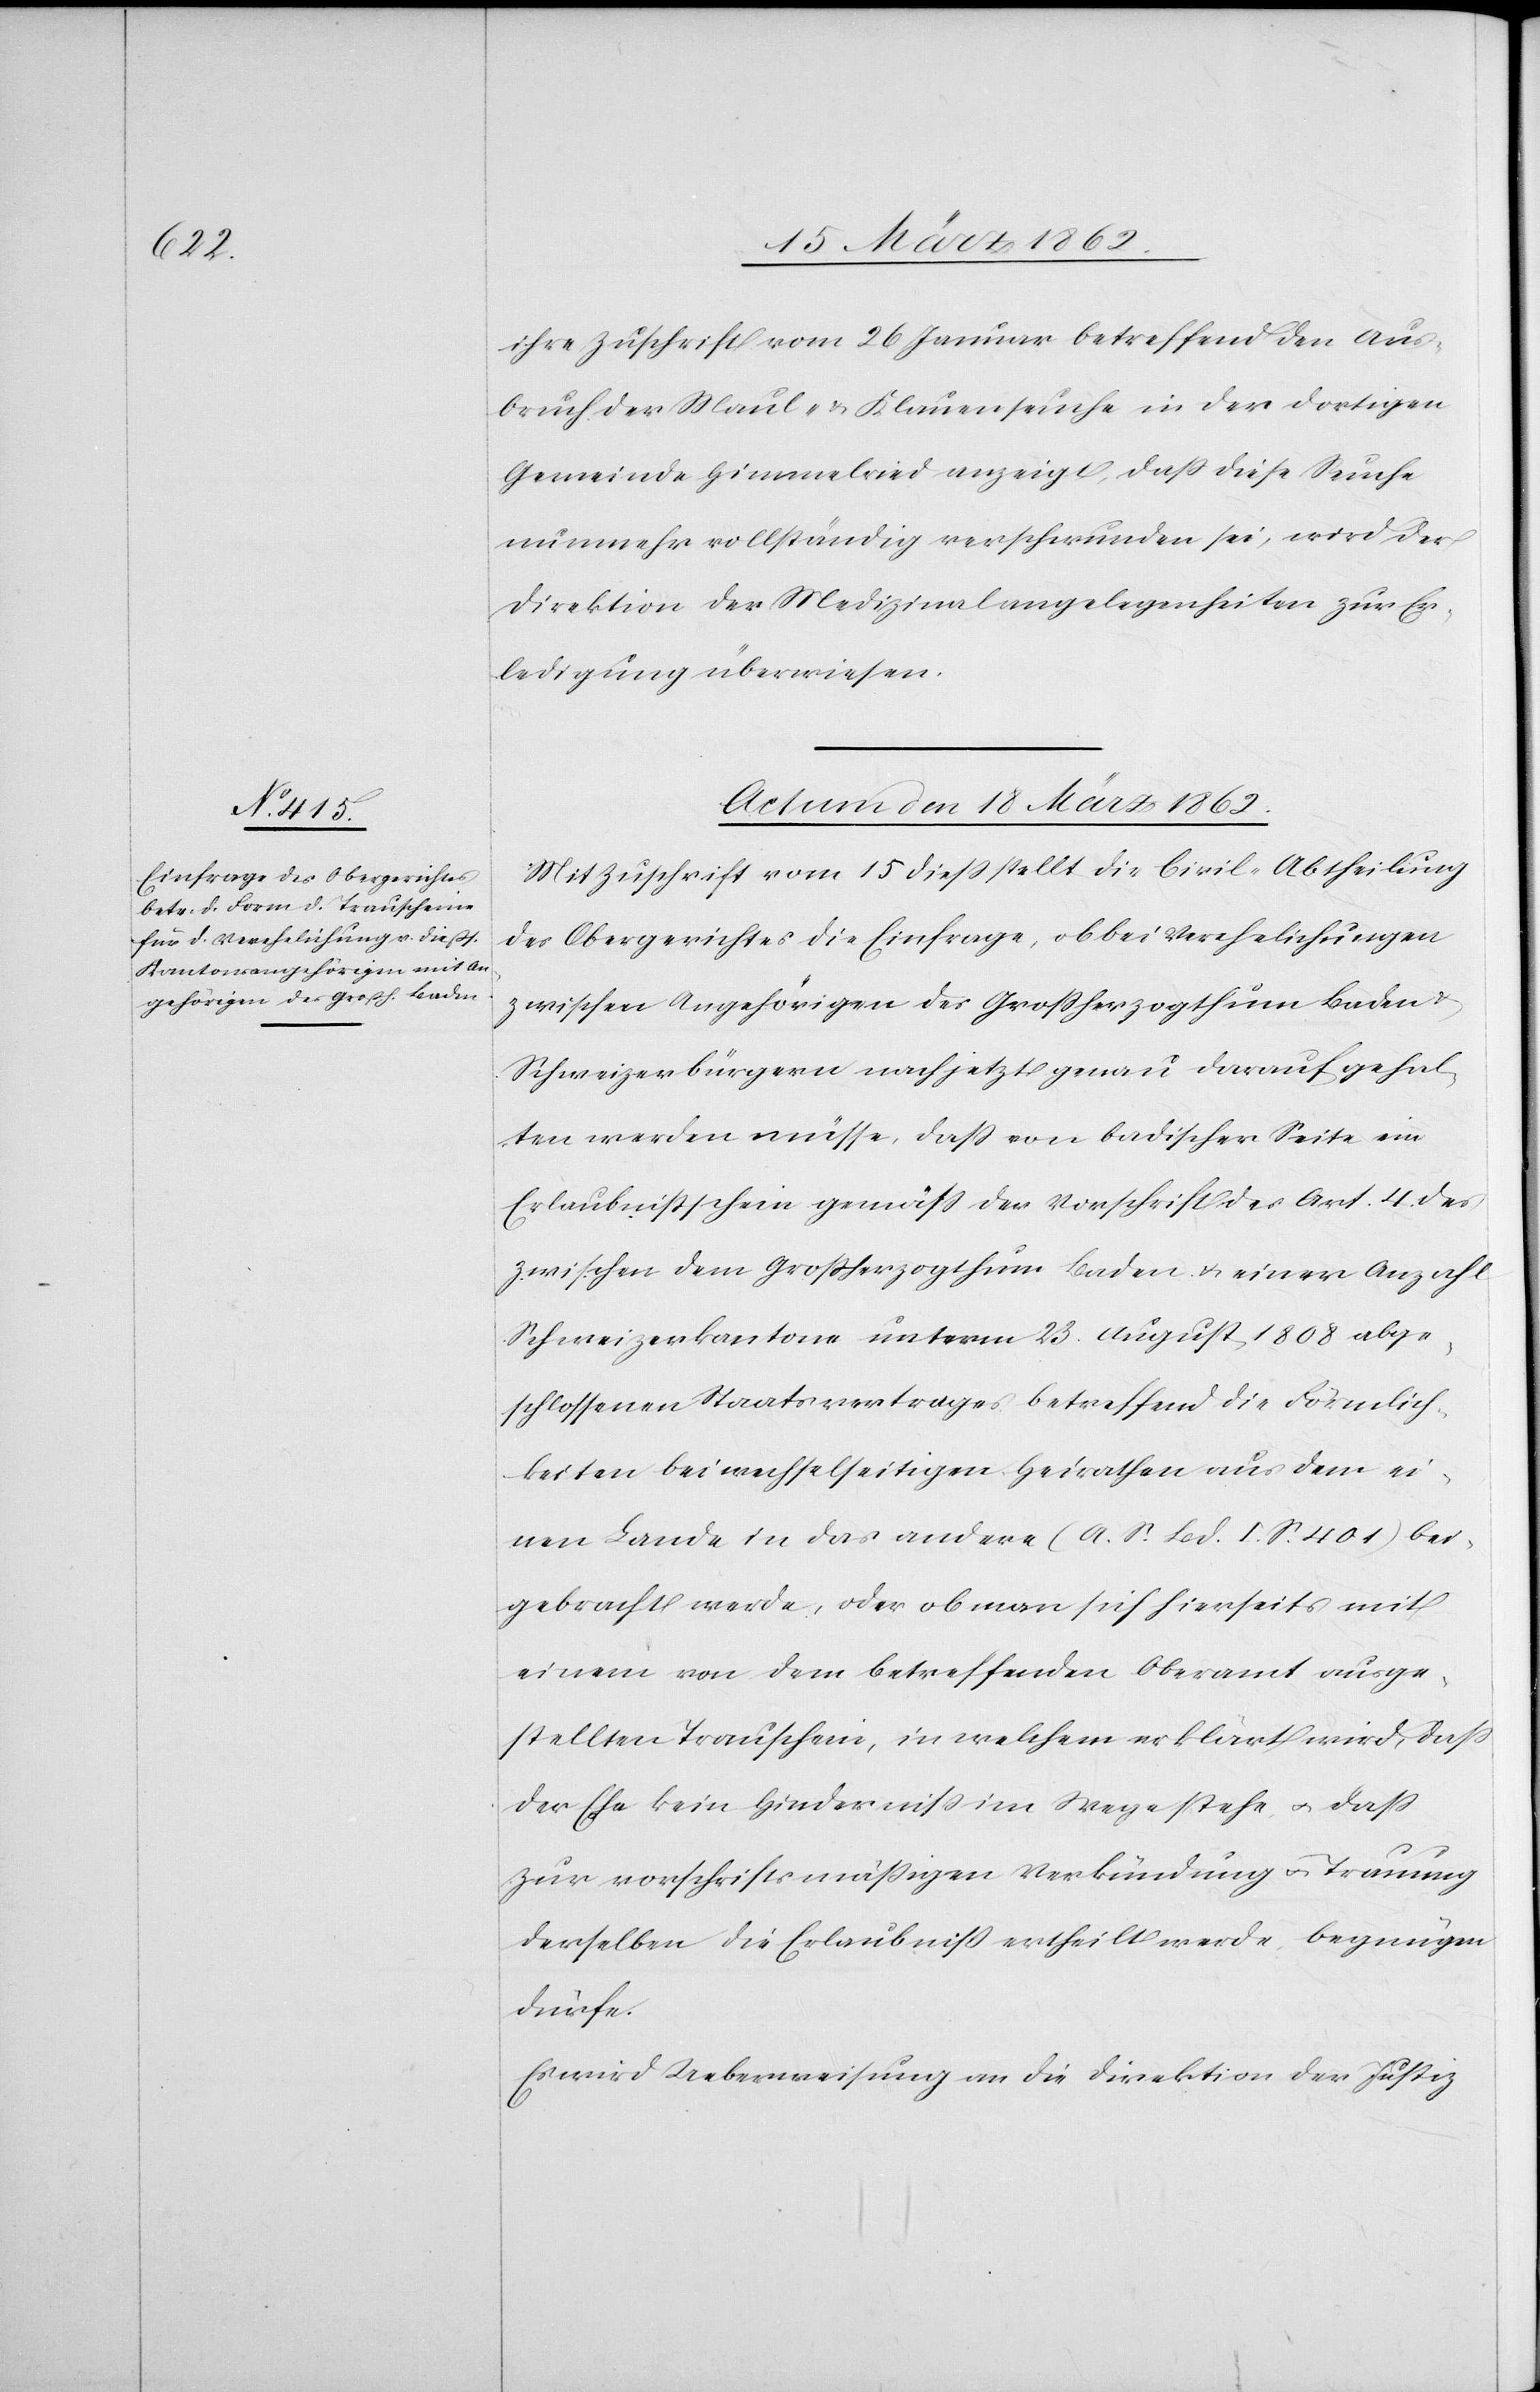
ihre Zuschrift vom 26 Januar betreffend den Aus¬
bruch der Maul- & Klauenseuche in der dortigen
Gemeinde Himmelried anzeigt, daß diese Seuche
nunmehr vollständig verschwunden sei, wird der
Direktion der Medizinalangelegenheiten zur Er¬
ledigung überwiesen.
Actum den 18 März 1862.
Mit Zuschrift vom 15 dieß stellt die Civil-Abtheilung
des Obergerichtes die Einfrage, ob bei Verehelichungen
zwischen Angehörigen des Großherzogthum Baden
Schweizerbürgern nach [sic!] jetzt genau darauf gehal¬
ten werden müsse, daß von badischer Seite ein
Erlaubnißschein gemäß der Vorschrift des Art. 4 des
zwischen dem Großherzogthum Baden u. einer Anzahl
Schweizerkantone unterm 23. August 1808 abge¬
schlossenen Staatsvertrages betreffend die Förmlich¬
keiten bei wechselseitigen Heirathen aus dem ei¬
nen Lande in das andere (O. S. Bd. I. S. 401) bei¬
gebracht werde, oder ob man sich hierseits mit
einem von dem betreffenden Oberamt ausge¬
stellten Trauschein, in welchem erklärt wird, daß
zur vorschriftsmäßigen Verkündung u. Trauung
derselben die Erlaubniß ertheilt werde, begnügen
dürfe.
Es wird Ueberweisung an die Direktion der Justiz